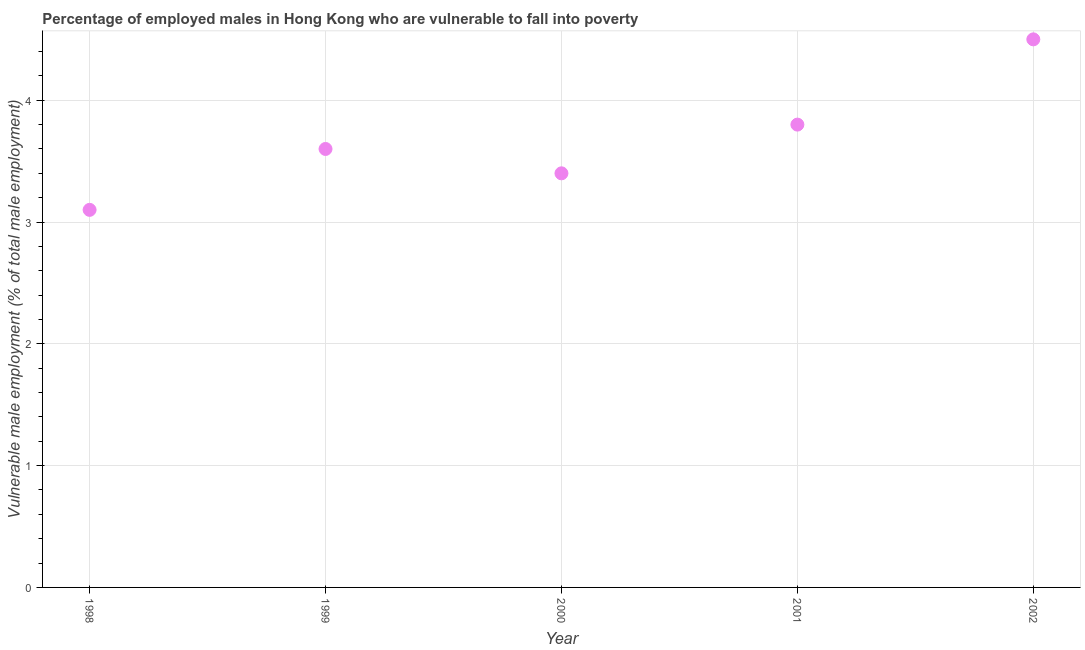
| Year | Percentage of employed males who are vulnerable to fall into poverty |
 | --- | --- |
 | 1998 | 3.1 |
 | 1999 | 3.6 |
 | 2000 | 3.4 |
 | 2001 | 3.8 |
 | 2002 | 4.5 |